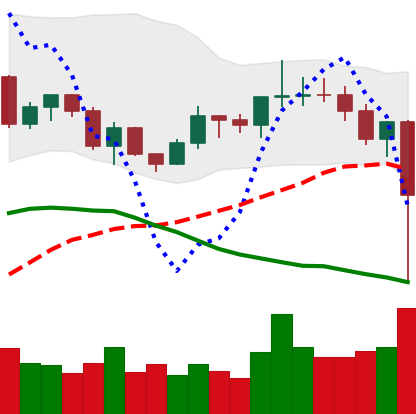
Ticker: LINK-USD
Chart end date: 2020-12-23
Forward return: 16.591%
Label: up_7plus